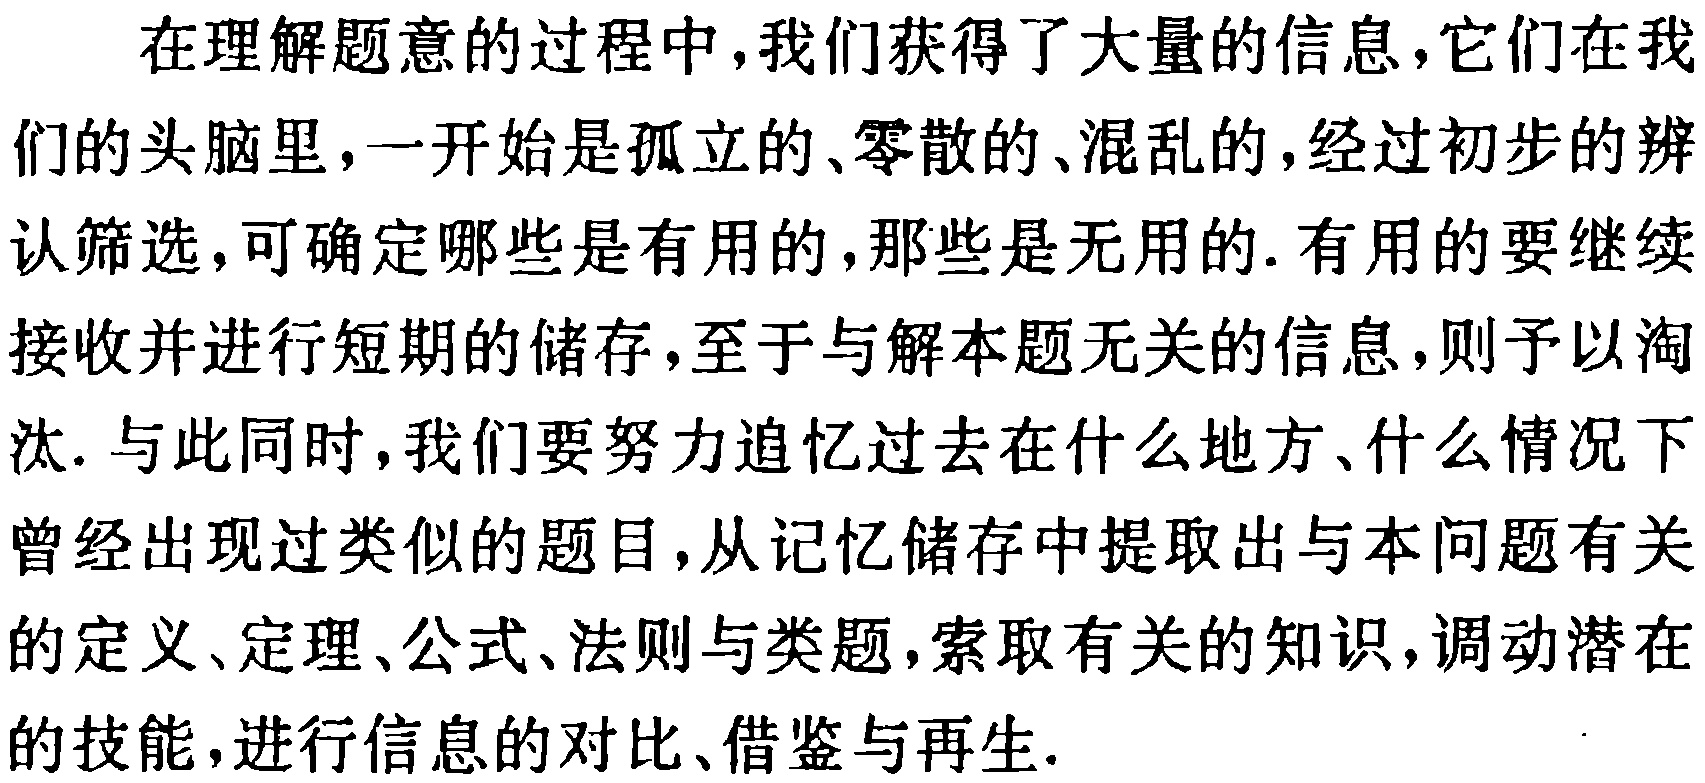
在理解题意的过程中,我们获得了大量的信息,它们在我们的头脑里,一开始是孤立的、零散的、混乱的,经过初步的辨认筛选,可确定哪些是有用的,那些是无用的.有用的要继续接收并进行短期的储存,至于与解本题无关的信息,则予以淘汰.与此同时,我们要努力追忆过去在什么地方、什么情况下曾经出现过类似的题目,从记忆储存中提取出与本问题有关的定义、定理、公式、法则与类题,索取有关的知识,调动潜在的技能,进行信息的对比、借鉴与再生.